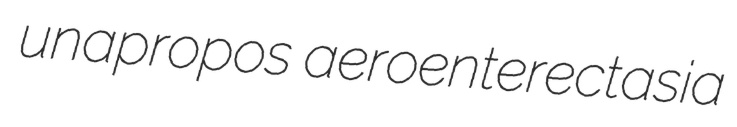
unapropos aeroenterectasia